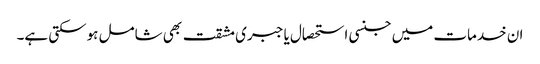
ان خدمات میں جنسی استحصال یا جبری مشقت بھی شامل ہوسکتی ہے۔